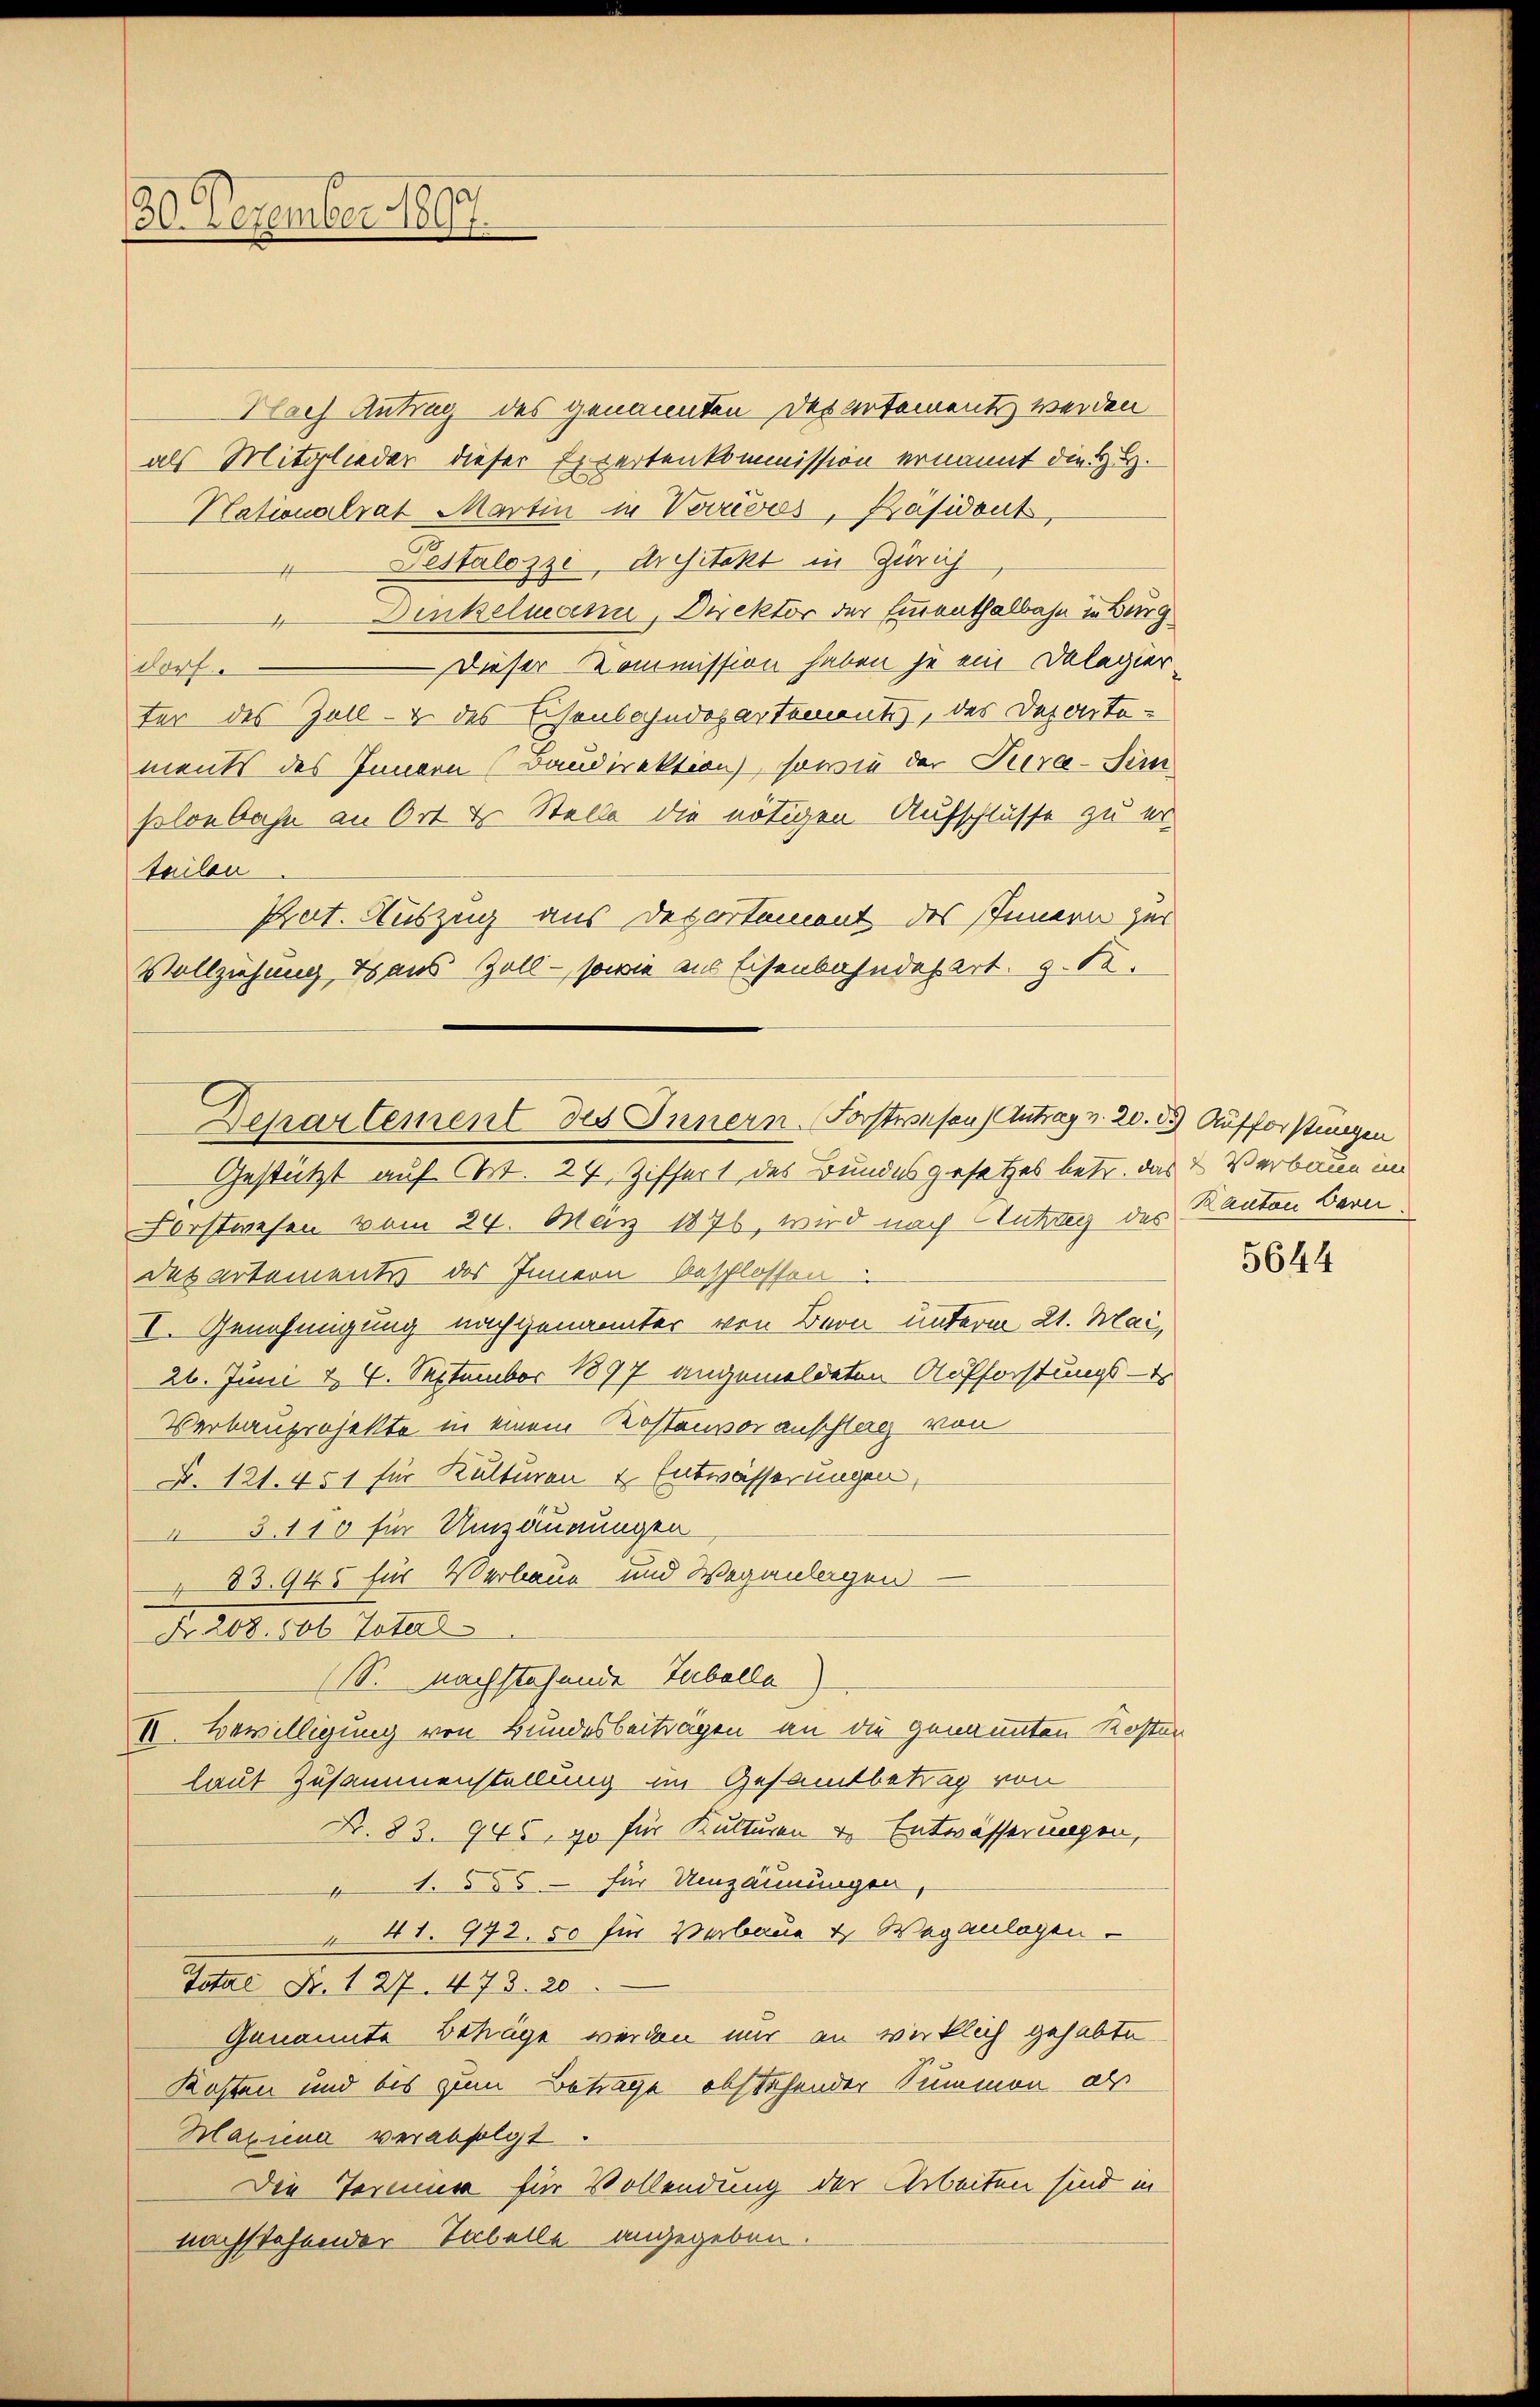
30. Dezember 1890.

Nach Antrag des genannten Departementz werden
als Mitglieder dieser Erwertenkommission ernannt die H. H.
Nationalrat Martin in Verrevos, Präsident,
v Pestalozzi, Architekt in Zürich
Dinkelmann, Direktor der Emmenthalbahn in Burg
Dieser Kommission haben je ein Delegier
dorf.
ter des Zoll- & des Eisenbahndepartementes, des Deponto-
ments des Innern (Baudirektion, sowie der Jura-Sim
soloebahn an Ort & Stelle die nötigen Aufschlüsse zu er-
teilen
Pat. Auszug aus Departement des Innern zur
Vollziehung & aus Zoll - sowie aus Eisenbahndepart. g. R.
Forstwesen vom 24. März 1876, wird nach Antrag des Kanton Bern,
Des artementes des Innern beschlossen
I. Genehmigung nachgenannter von Bern unterm 21. Mai,
26. Juni d. 4. September 1897 angemeldeten Aufforstungs-
Verbauprojekte in einem Kostenvoranschlag von
N. 121. 451 für Kulturen & Entwässerungen,
3. 110 für Umzäunungen
83. 945 für Verbaue und Weganlagen
Nr. 208. 506 Total
(S. nachstehende Tabella
II. Bewilligung von Bundesbeiträgen an die genannten Kosten
laut Zusammenstellung im Gesamtbetrag von
Nr. 83. 945, 90 für Kulturen u. Entwässerungen,
1. § 55 - für Umzäunungen,
" 41. 972. 50 für Verbaue u. Wegenlagen.
Total Fr. 127. 473. 20
Genannte Beträge werden nur an wirklich gehabte
Kosten und bis zum Betrage abstehender Summen, als
Maxiena verabfolgt.
Die Termin für Vollendung der Arbeiten sind in
nachstehender Tabelle angegeben.

Departement des Innern. Forstwesen Antrag v. 20. 2.) Aufforstungen
Gestützt auf Art. 24, Ziffert des Bundesgesetzes betr. das 2 Verbaue im

5644